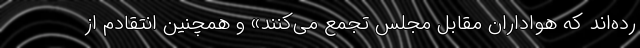
ُرده‌اند که هواداران مقابل مجلس تجمع می‌کنند» و همچنین انتقادم از